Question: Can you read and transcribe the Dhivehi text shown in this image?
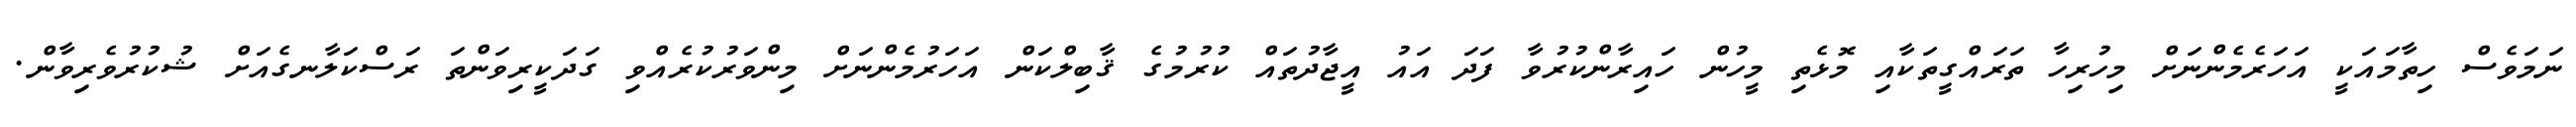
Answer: ނަމަވެސް ހިތާމައަކީ އަހަރެމެންނަށް މިހުރިހާ ތަރައްގީތަކާއި މޮޅެތި މީހުން ހައިރާންކުރުވާ ފަދަ އައު އީޖާދުތައް ކުރުމުގެ ޤާބިލްކަން އަހަރުމެންނަށް މިންވަރުކުރެއްވި ގަދަކީރިވަންތަ ރަސްކަލާނގެއަށް ޝުކުރުވެރިވާން.